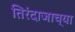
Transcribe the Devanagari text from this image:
तिरंदाजाच्या